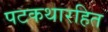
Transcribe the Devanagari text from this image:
पटकथारहित